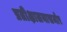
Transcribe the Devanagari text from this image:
प्रतीक्षालयासमोर